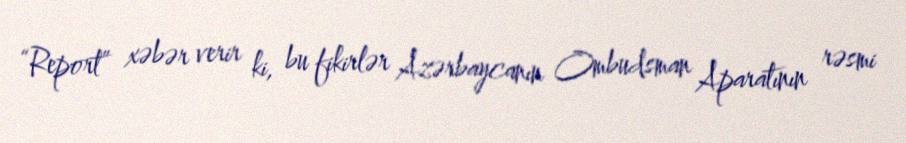
“Report” xəbər verir ki, bu fikirlər Azərbaycanın Ombudsman Aparatının rəsmi